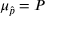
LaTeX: \mu _ { \hat { p } } = P